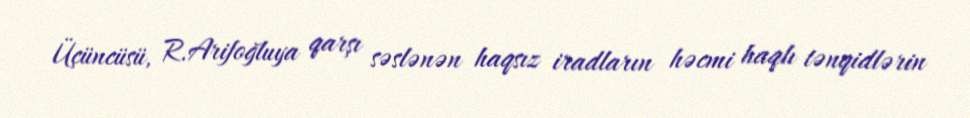
Üçüncüsü, R.Arifoğluya qarşı səslənən haqsız iradların həcmi haqlı tənqidlərin